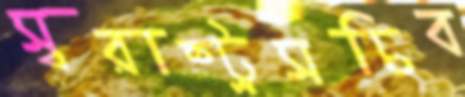
স্বরাষ্ট্রসচিব